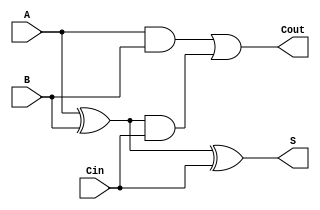
module full_adder_dataflow(A,B,Cin,S,Cout);
input A,B,Cin;
output S,Cout;

assign S = ((A^B)^Cin);
assign Cout = ((A&B)|((A^B)&Cin)); 

endmodule

module ripple_carry_adder_dataflow(A,B,Cin,S,Cout);

input [7:0]A;
input [7:0]B;
input Cin;
output [7:0]S;
output Cout;

wire C[6:0];

full_adder_dataflow a1(A[0],B[0],Cin,S[0],C[0]);
full_adder_dataflow a2(A[1],B[1],C[0],S[1],C[1]);
full_adder_dataflow a3(A[2],B[2],C[1],S[2],C[2]);
full_adder_dataflow a4(A[3],B[3],C[2],S[3],C[3]);
full_adder_dataflow a5(A[4],B[4],C[3],S[4],C[4]);
full_adder_dataflow a6(A[5],B[5],C[4],S[5],C[5]);
full_adder_dataflow a7(A[6],B[6],C[5],S[6],C[6]);
full_adder_dataflow a8(A[7],B[7],C[6],S[7],Cout);

endmodule